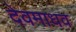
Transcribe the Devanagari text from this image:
देवमाधव